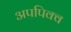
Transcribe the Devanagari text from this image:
अपपिक्व